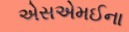
એસએમઈના